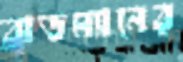
ব্রাডম্যানের